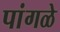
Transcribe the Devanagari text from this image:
पांगळे